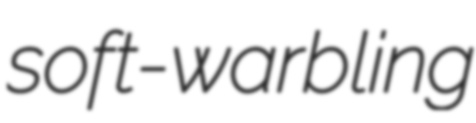
soft-warbling